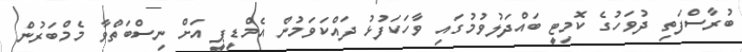
ބުރާސްފަތި ދުވަހުގެ ކޮމިޓީ ބައްދަލުވުމުގައި ވާހަކަފުޅު ދައްކަވަމުން އެމްޑީޕީ އަށް ނިސްބަތްވާ މެމްބަރުން